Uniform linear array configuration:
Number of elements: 12
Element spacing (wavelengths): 0.5
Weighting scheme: blackman
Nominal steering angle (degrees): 60
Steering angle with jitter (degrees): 61.785
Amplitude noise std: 0.05
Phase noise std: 0.05

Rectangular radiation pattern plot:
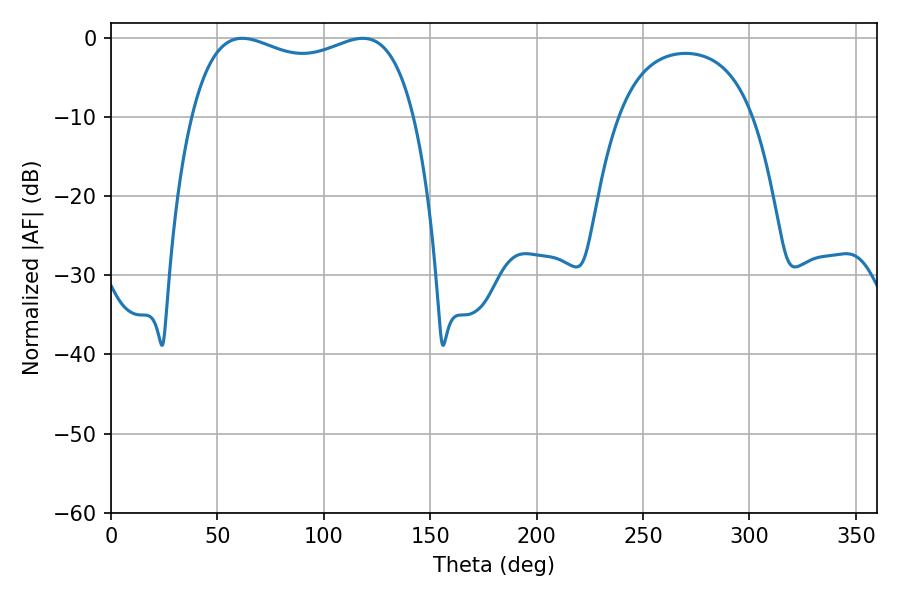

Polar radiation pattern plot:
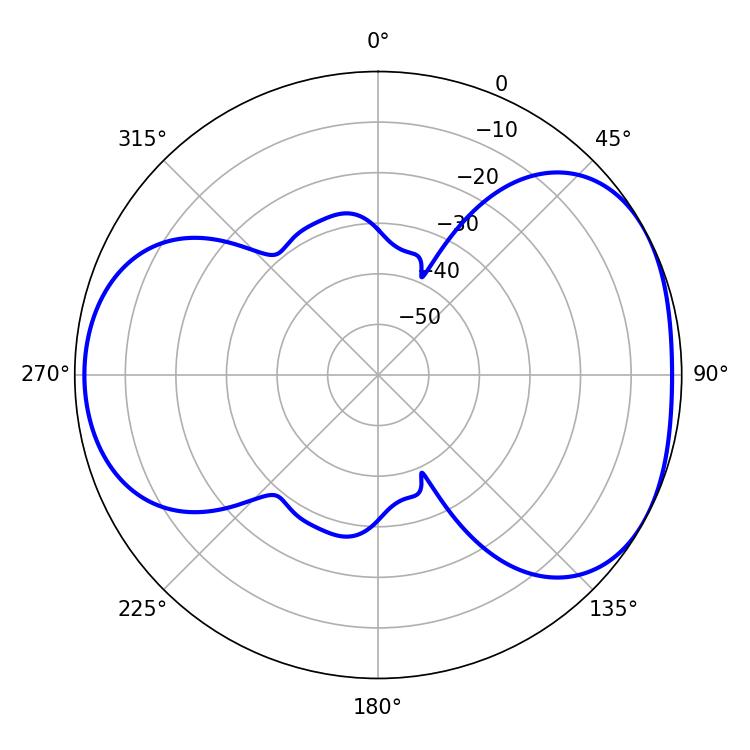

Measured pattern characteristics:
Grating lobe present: FALSE
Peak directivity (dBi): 4.562
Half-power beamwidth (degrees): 86.04
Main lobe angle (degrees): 61.74